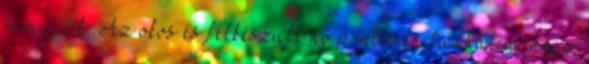
önmagát. Az okos és felkészült nő pontosan tudhatja, hogy